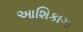
આશિકાગા